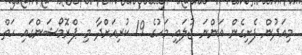
މިއަދުން ފެށިގެން އަންނަ ޖުލައި މަހުގެ 19 ކުރިއަށްދާ މި ޕްރޮމޯޝަންގައި ހަތް